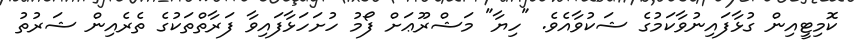
ކޮމިޓީއިން ގުޅާފައިނުވާކަމުގެ ޝަކުވާއެވެ. "ހިޔާ" މަޝްރޫޢަށް ފޯމު ހުށަހަޅާފައިވާ ފަރާތްތަކުގެ ތެރެއިން ޝަރުތު